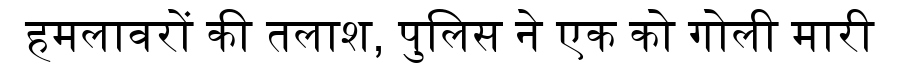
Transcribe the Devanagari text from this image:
हमलावरों की तलाश, पुलिस ने एक को गोली मारी